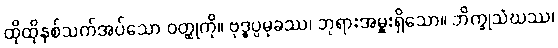
ထိုထိုနှစ်သက်အပ်သော ဝတ္ထုကို။ ဗုဒ္ဓပ္ပမုခဿ၊ ဘုရားအမှူးရှိသော။ ဘိက္ခုသံဃဿ၊